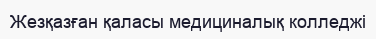
Жезқазған қаласы медициналық колледжі